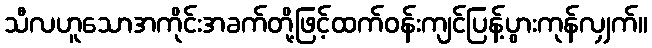
သီလဟူသောအကိုင်းအခက်တို့ဖြင့်ထက်ဝန်းကျင်ပြန့်ပွားကုန်လျှက်။